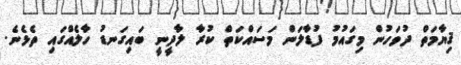
ޤިޔާމަތް ދުވަހުން މިގައުމު ފުޑާލަން މަސައްކަތް ކުރާ ލާދީނީ ބައިގަނޑު ހާލެއްގައި ތެޅެނެ.